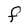
Character: F